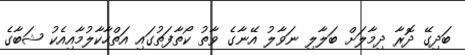
ބަދިގޭ ދޮރާ ދިމާލަށް ބަލާލި ނަވާލު އޭނާގެ ވާތު ކޯތާފަތުގައި އަތްހާކާލުމާއިއެކު ޝަބާގެ